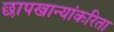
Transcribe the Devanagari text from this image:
छापखान्यांकरिता